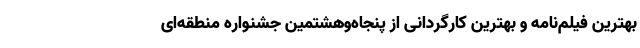
بهترین فیلم‌نامه و بهترین کارگردانی از پنجاه‌وهشتمین جشنواره منطقه‌ای